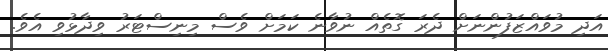
އަދި މުވައްޒަފުންނަށް ދެރަ ގޮތެއް ނުވާނެ ކަމަށް ވެސް މިނިސްޓަރު ވިދާޅުވި އެވެ.